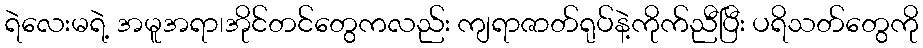
ရဲလေးမရဲ့ အမူအရာ၊အိုင်တင်တွေကလည်း ကျရာဇာတ်ရုပ်နဲ့ကိုက်ညီပြီး ပရိသတ်တွေကို